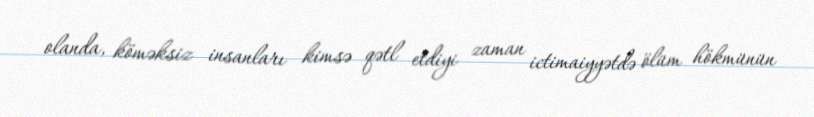
olanda, köməksiz insanları kimsə qətl etdiyi zaman ictimaiyyətdə ölüm hökmünün